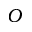
O _ { \l }